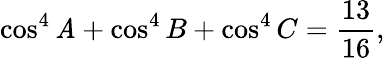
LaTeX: \cos^{4}\mathit{A}+\cos^{4}B+\cos^{4}C={\frac{{13}}{{16}}},